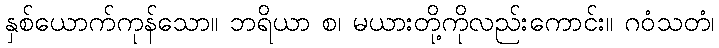
နှစ်ယောက်ကုန်သော။ ဘရိယာ စ၊ မယားတို့ကိုလည်းကောင်း။ ဂဝံသတံ၊